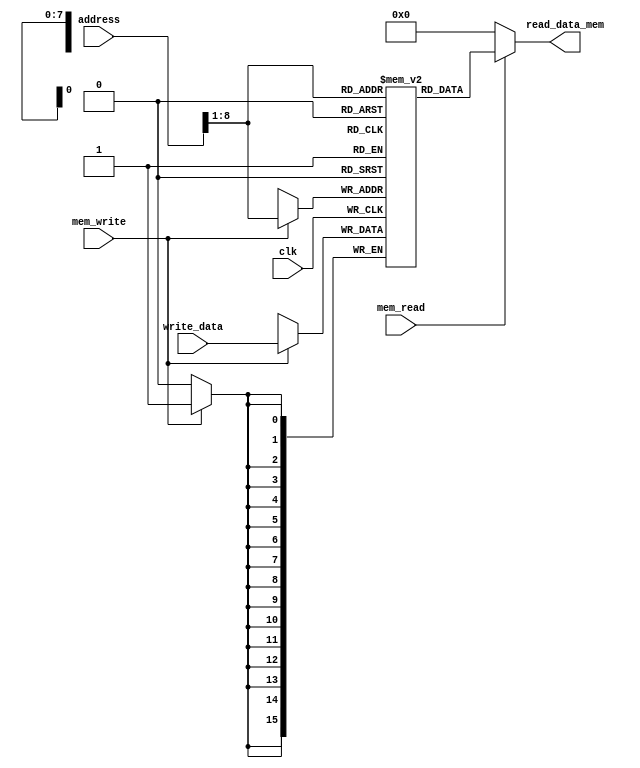
module data_memory(input clk, input [15:0] address, input [15:0] write_data, input mem_write, input mem_read, output [15:0] read_data_mem);

reg[15:0] ram[255:0];
integer i;
wire[7:0] ram_address = address[8:1];
initial begin
for(i=0; i<256; i=i+1)
ram[i] <= 16'd0;
end

always @(posedge clk)
begin
if(mem_write)
ram[ram_address] <= write_data;
end

assign read_data_mem = (mem_read==1'b1) ? ram[ram_address]: 16'd0;

endmodule